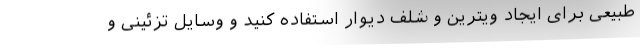
طبیعی برای ایجاد ویترین و شلف دیوار استفاده کنید و وسایل تزئینی و